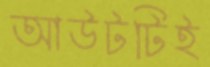
আউটটিই